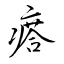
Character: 瘩